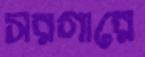
সরগারে